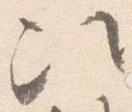
次